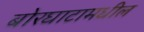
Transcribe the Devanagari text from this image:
बोरघाटामधील